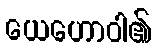
ယေဟောဝါ၏